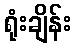
ရုံးချိန်း